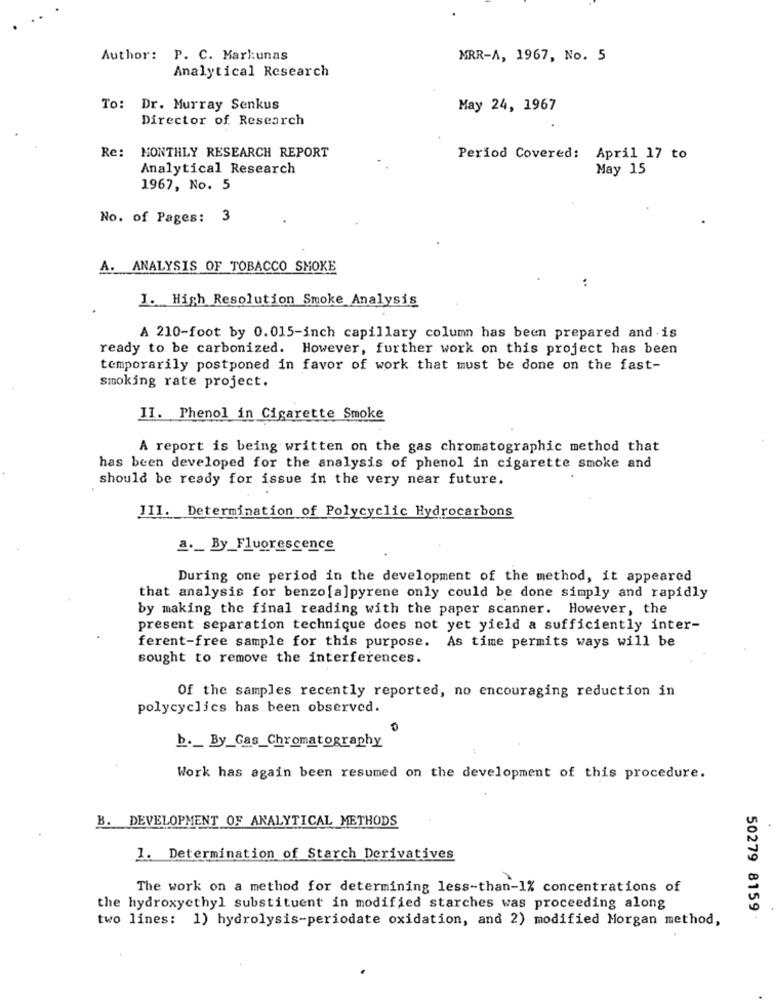
Author: P. C. Markunas
MRR-A, 1967, No. 5
Analytical Research
To: Dr. Murray Senkus
May 24, 1967
Director of Research
Re: MONTHLY RESEARCH REPORT
Period Covered: April 17 to
Analytical Research
May 15
1967, No. 5
No. of Pages: 3
A.
ANALYSIS OF TOBACCO SMOKE
..
I. High Resolution Smoke Analysis
A 210-foot by 0.015-inch capillary column has been prepared and is
ready to be carbonized. However, further work on this project has been
temporarily postponed in favor of work that must be done on the fast-
smoking rate project.
II. Phenol in Cigarette Smoke
A report is being written on the gas chromatographic method that
has been developed for the analysis of phenol in cigarette smoke and
should be ready for issue in the very near future.
III. Determination of Polycyclic Hydrocarbons
a ._ By_Fluorescence
During one period in the development of the method, it appeared
that analysis for benzo [a]pyrene only could be done simply and rapidly
by making the final reading with the paper scanner. However, the
present separation technique does not yet yield a sufficiently inter-
ferent-free sample for this purpose. As time permits ways will be
sought to remove the interferences.
Of the samples recently reported, no encouraging reduction in
polycyclics has been observed.
0
b ._ By_Gas Chromatography
Work has again been resumed on the development of this procedure.
B. DEVELOPMENT OF ANALYTICAL METHODS
1. Determination of Starch Derivatives
The work on a method for determining less-than-1% concentrations of
the hydroxyethyl substituent in modified starches was proceeding along
two lines: 1) hydrolysis-periodate oxidation, and 2) modified Morgan method,
50279 8159